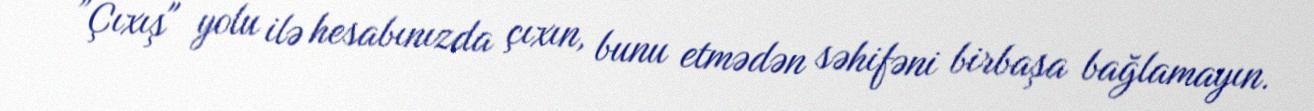
”Çıxış" yolu ilə hesabınızda çıxın, bunu etmədən səhifəni birbaşa bağlamayın.